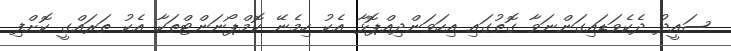
ސައީދު ދެކެވަޑައިގަންނަވާ ގޮތުގައި އިހަވަންދިއްޕޮޅާ އެކު ހިމެނޭ ކޮމްޕޯނަންޓްތަކާ އެކު ތަރައްގީ ކޮށްފި